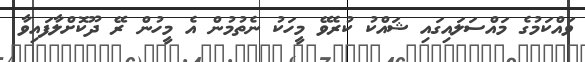
ވައްކަމުގެ މައްސަލައިގައި ޝައްކު ކުރެވޭ މީހަކު ނެތުމުން އެ މީހުން ރޭ ދޫކޮށްލާފައިވާ